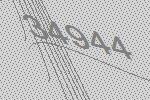
34944